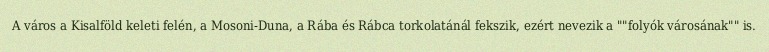
A város a Kisalföld keleti felén, a Mosoni-Duna, a Rába és Rábca torkolatánál fekszik, ezért nevezik a ""folyók városának"" is.